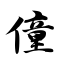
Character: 僮